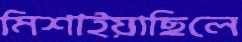
মিশাইয়াছিলে